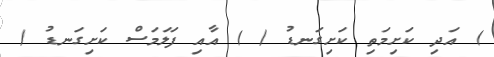
) އަދި ކަށިމަތި ކަށިގަނޑު ( ) އާއި ފަލަމަސް ކަށިގަނޑު (